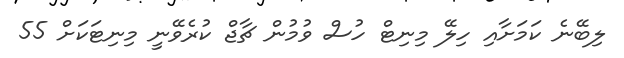
ލިބޭނެ ކަމަށާއި ހިލޭ މިނިޓް ހުސް ވުމުން ޗާޖް ކުރެވޭނީ މިނިޓަކަށް 55